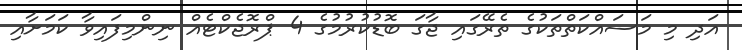
އަދި މި މަސައްކަތްތަކުގެ ތެރޭގައި ޖާގަ ބޮޑުކުރުމުގެ 4 ޕްރޮޖެކްޓެއް ނިންމިފައިވާ ކަމަށާއި